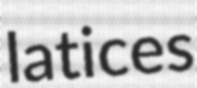
latices